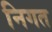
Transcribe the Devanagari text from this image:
निगत